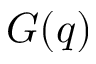
G ( q )